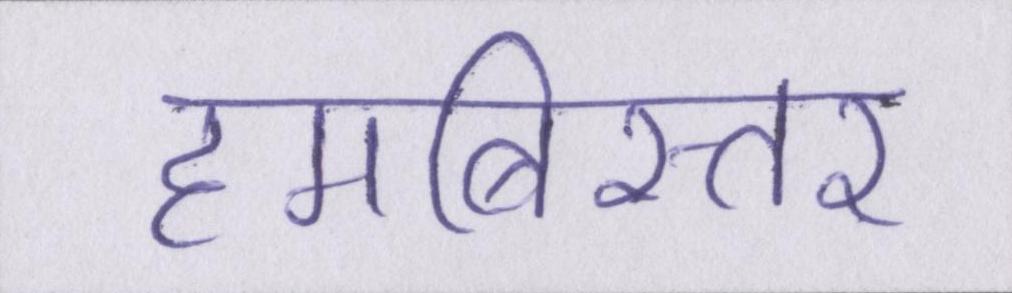
हमबिस्तर